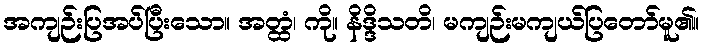
အကျဉ်းပြအပ်ပြီးသော။ အတ္ထံ၊ ကို။ နိဒ္ဒိသတိ၊ မကျဉ်းမကျယ်ပြတော်မူ၏။